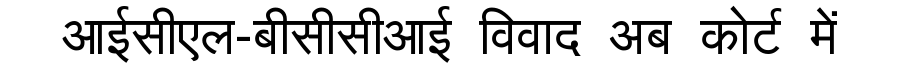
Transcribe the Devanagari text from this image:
आईसीएल-बीसीसीआई विवाद अब कोर्ट में